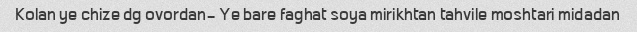
Kolan ye chize dg ovordan- Ye bare faghat soya mirikhtan tahvile moshtari midadan